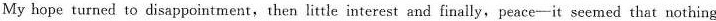
My hope turned to disappointment,then little interest and finally, peace—it seemed that nothing